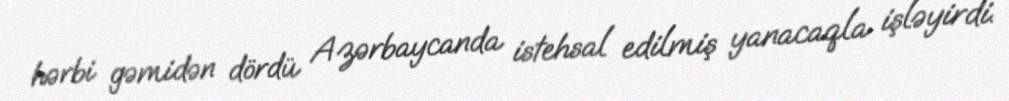
hərbi gəmidən dördü Azərbaycanda istehsal edilmiş yanacaqla işləyirdi.